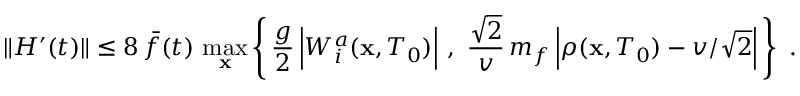
\Vert { \cal H } ^ { \prime } ( t ) \Vert \leq 8 \, \bar { f } ( t ) \, \operatorname * { m a x } _ { \bf x } \left\{ \, \frac { g } { 2 } \, \Bigl \vert W _ { i } ^ { a } ( { \bf x } , T _ { 0 } ) \Bigr \vert \ , \ \frac { \sqrt { 2 } } { v } \, m _ { f } \, \Bigl \vert \rho ( { \bf x } , T _ { 0 } ) - v / \sqrt { 2 } \Bigr \vert \, \right\} \ .